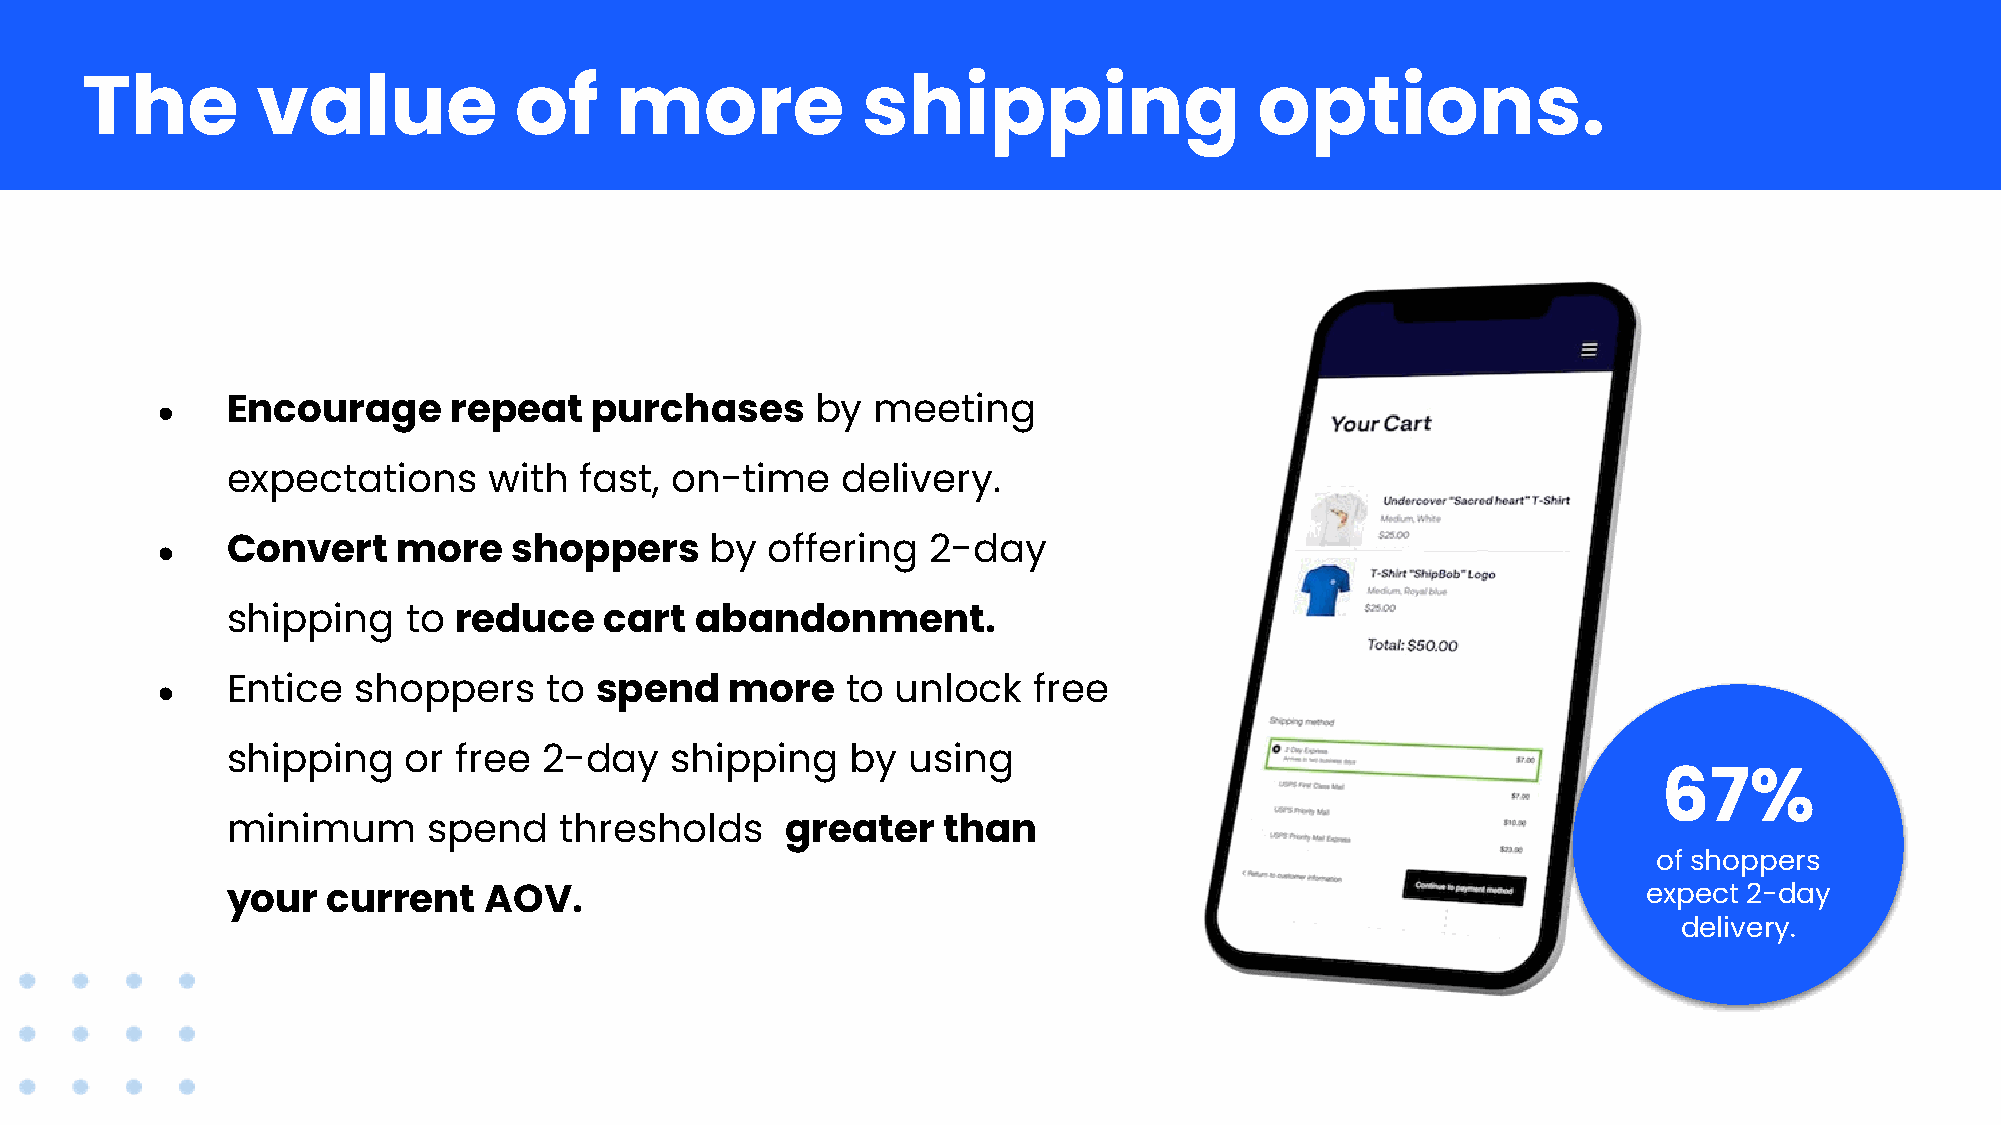
The         value            of     more            shipping                  options.
 ●    Encourage      repeat   purchases      by  meeting
 expectations     with  fast, on-time     delivery.
 ●    Convert    more    shoppers     by  offering  2-day
 shipping    to reduce    cart  abandonment.
 ●    Entice  shoppers     to spend    more    to unlock   free
 shipping    or free  2-day   shipping    by  using
 67%
 minimum      spend    thresholds     greater   than
 of shoppers
 your   current   AOV.                                                                         expect 2-day
 delivery.